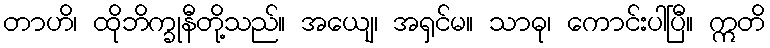
တာဟိ၊ ထိုဘိက္ခုနီတို့သည်။ အယျေ၊ အရှင်မ။ သာဓု၊ ကောင်းပါပြီ။ ဣတိ